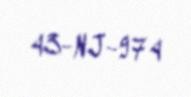
43-NJ-974